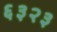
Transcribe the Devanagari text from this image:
६३२३